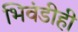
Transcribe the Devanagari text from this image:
भिवंडीही